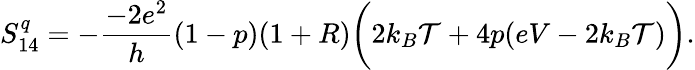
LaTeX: {S_{14}^{q}=-\frac{-2e^{2}}{h}(1-p)(1+R)\bigg(2k_{B}\mathcal{T}+4p(eV-2k_{B}\mathcal{T})\bigg).}